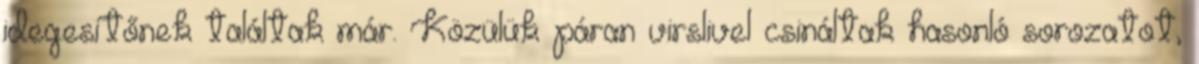
idegesítőnek találtak már. Közülük páran virslivel csináltak hasonló sorozatot,